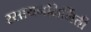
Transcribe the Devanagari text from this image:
रसायननिर्मिती